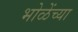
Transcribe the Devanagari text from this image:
भोळेंच्या